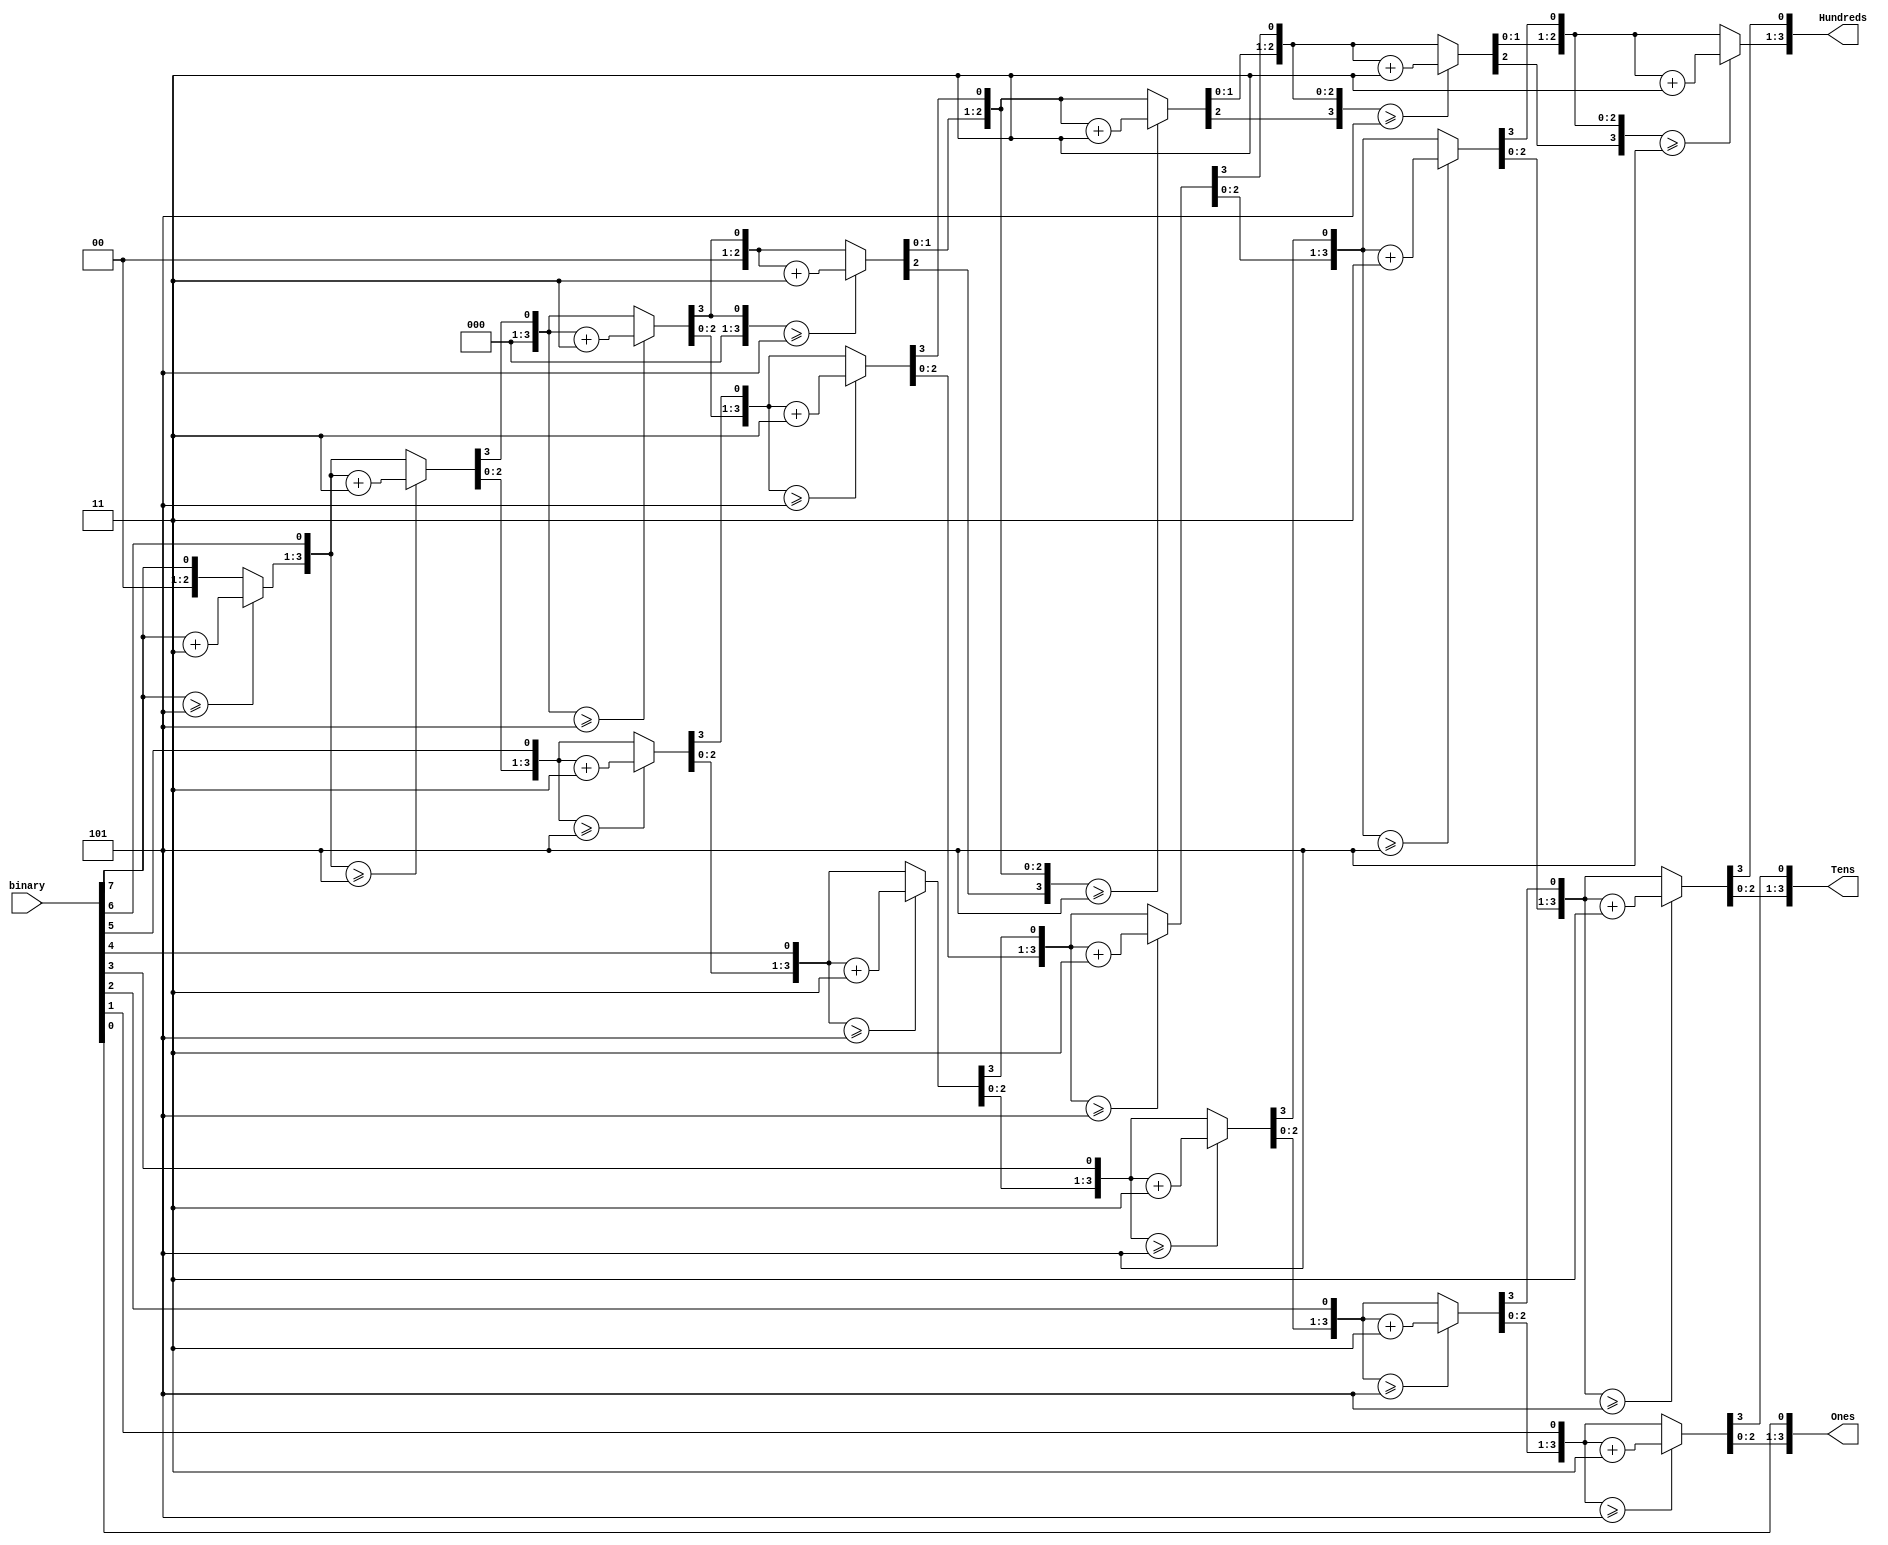
module BCD(
	input [7:0] binary,
	output reg [3:0] Hundreds, 
	output reg [3:0] Tens,
	output reg [3:0] Ones
	);

	integer i;
	always @(binary)
	begin
	 //set 100's, 10:3, and 1's to 0
		Hundreds = 4'd0;
		Tens =  4'd0;
		Ones = 4'd0;
		
		for (i=7; i>=0; i=i-1)
		begin
			//add 3 to columnis 11 (Hundreds >= 5)
			if (Hundreds >= 5) 
				Hundreds = Hundreds + 3;
			if (Tens >= 5)
				Tens =Tens +3;
			if (Ones >= 5)
				Ones = Ones +3;
					
			//shift left one Hundreds 
			Hundreds = Hundreds << 1;
			Hundreds[0] =Tens[3];
			Tens = Tens << 1;
			Tens[0] = Ones[3];
			Ones = Ones << 1;
			Ones[0] = binary[i];
		end
	end
endmodule